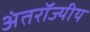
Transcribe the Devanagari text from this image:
अंतरॉज्यीय